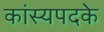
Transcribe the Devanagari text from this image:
कांस्यपदके